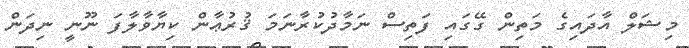
މިޝަލް އާދައިގެ މަތިން ގޭގައި ފަތިސް ނަމާދުކުރާނަމަ ޤުރުޢާން ކިޔާވާލާފަ ނޫނީ ނިދަން